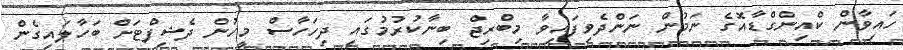
ހައިވާން ކްއިންގްޑާއޮގެ ނަމުން ނަންދެވިފައިވާ މިބްރިޖް ބިނާކުރުމުގައި ދިހަހާސް މީހުން ދެޝިފްޓަށް ބަހާލައިގެން